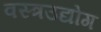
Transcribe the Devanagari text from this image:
वस्त्रउद्योग